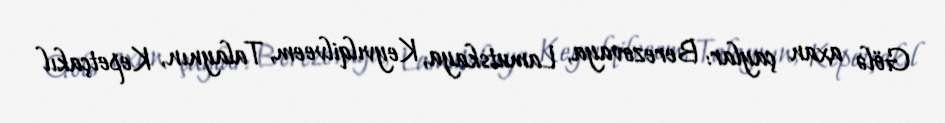
Gölə axan çaylar: Berezovaya, Lamutskaya, Keyvılqilveem, Talaynın, Kepetçakıl